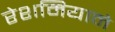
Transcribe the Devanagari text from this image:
रेशमियाने